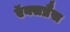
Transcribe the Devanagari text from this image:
ऍक्सप्रैस